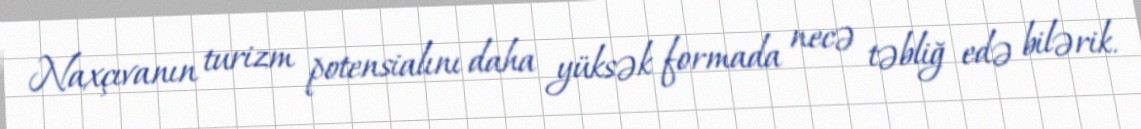
Naxçıvanın turizm potensialını daha yüksək formada necə təbliğ edə bilərik.